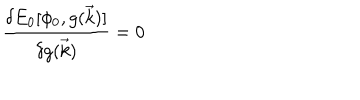
{ \frac { \delta E _ { 0 } [ \phi _ { 0 } , g ( \vec { k } ) ] } { \delta g ( \vec { k } ) } } = 0